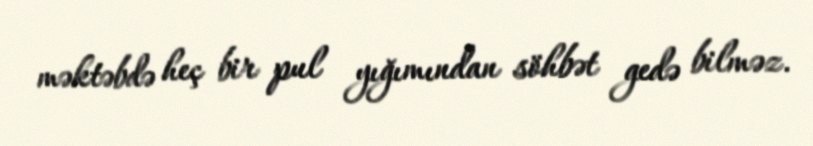
məktəbdə heç bir pul yığımından söhbət gedə bilməz.